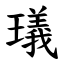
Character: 㼁